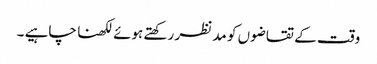
وقت کے تقاضوں کو مد نظر رکھتے ہوئے لکھنا چاہیے ۔